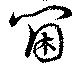
壺